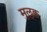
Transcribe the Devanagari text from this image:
मुलुक्क